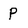
Character: P